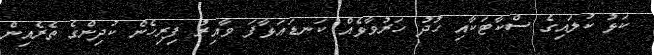
ކަޅު ކުލައިގެ ސްކާޓަކާއި ހުދު ހަރުވާޅެއް ކަނޑައަޅާފަ ވާއިރު ފިރިހެން ކުދިންގެ ތެރެއިން